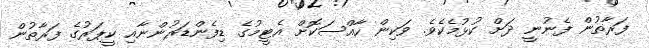
ފަރާތުން ފެނުނީ ދަށް ކުޅުމެކެވެ. ވަކިން ހާއްސަކޮށް އެޓީމުގެ ޑިފެންޑަރުންނާއި ކީޕަރުގެ ފަރާތުން